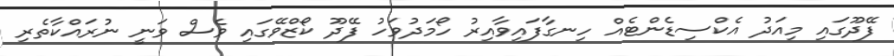
ފޭދޫގައި މިއަދު އެކްސިޑެންޓެއް ހިނގާފައިވާއިރު ހޯމަދުވަހު ފޭދޫ ކޯޒްވޭގައި ވެސް ވަނީ ނުރައްކާތެރި